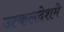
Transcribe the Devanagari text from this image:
उत्कलदेशमे